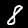
Digit: 8